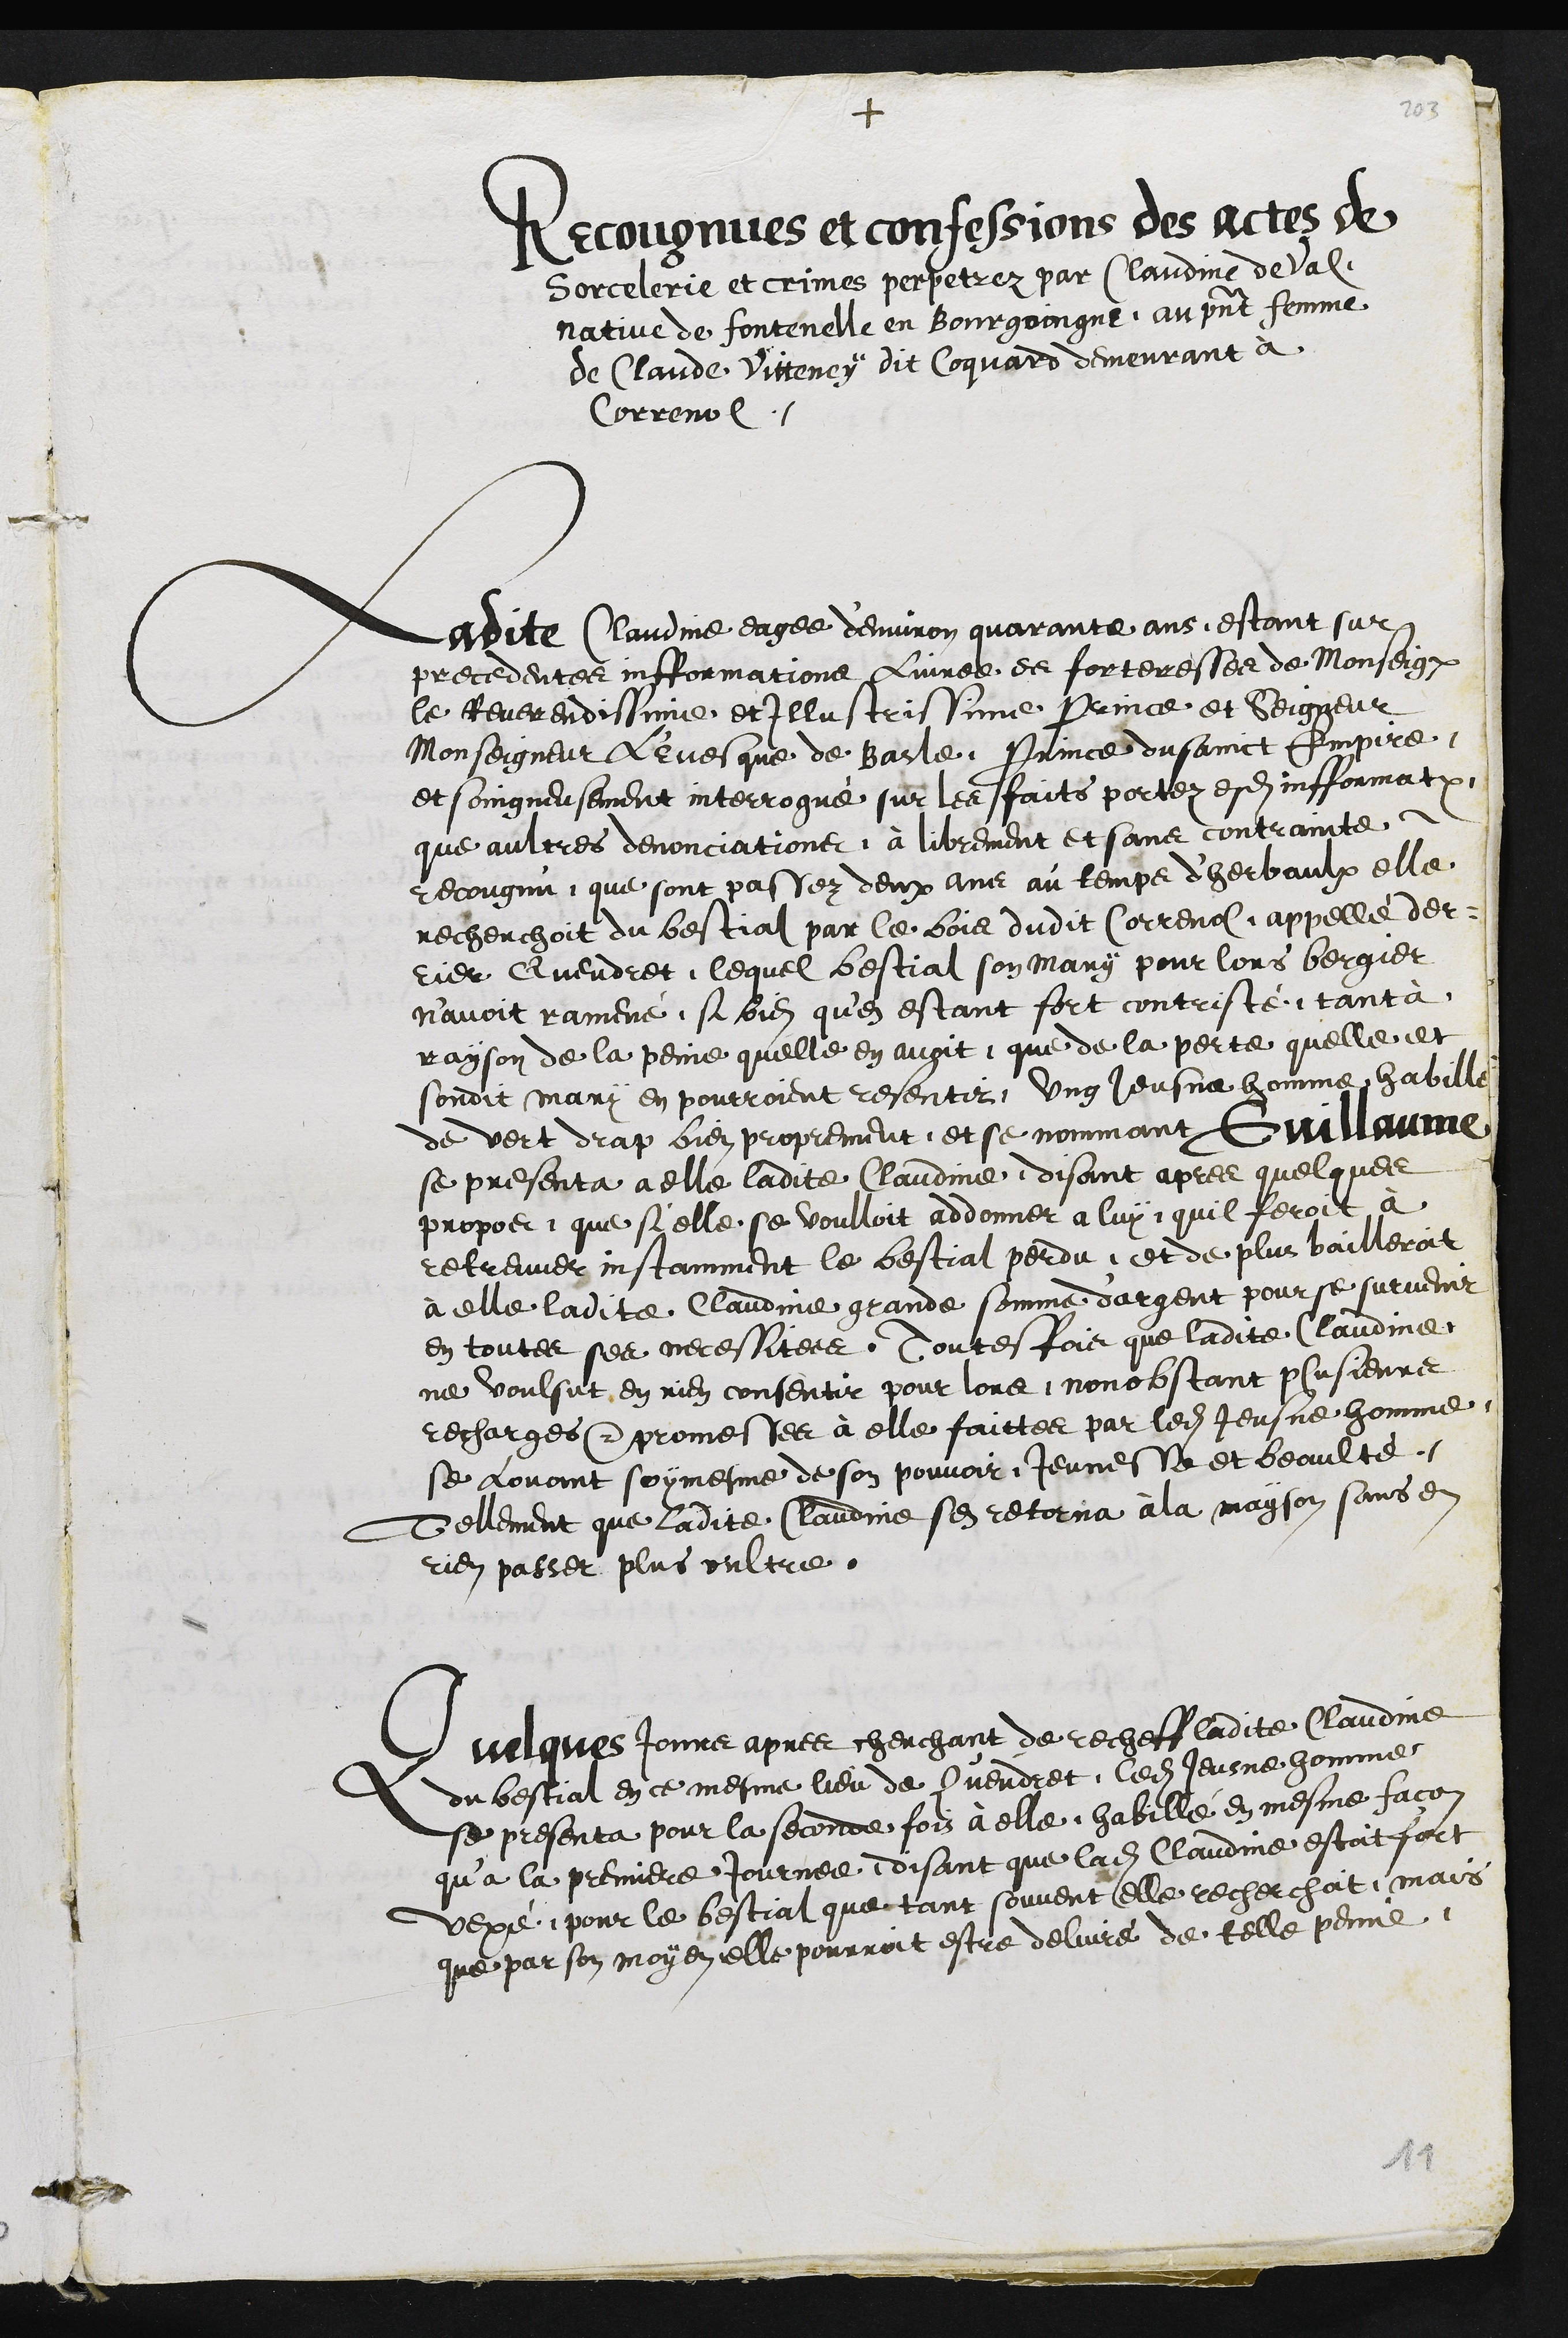
+
Recongnues et confessions des actes et
sorcelerie et crimes perpetrez par Claudine deVal
Native de fontenelle en Bourgoingne, au present femme
de Claude Vitteney dit Coquard demeurant à
Correnol
Ladite Claudme eagée denviron quarante ans, estant sur
precedenter infformatione lune de sorteresser de Monseignie
le Reverendisine et Illustrissine prince et Seigneur
Monseigneur quelque de Basle, saince dusainct impire
et soingneusement interrogue sur le faits portez esdit infornat
que aultres devonciationer a librement et sans contrainte
recongnu que sont passez deux ans au temps dherbaulx elle
recherchoit du bestial par le bois dudit sorrent appelle des
rier avendret, lequel bestial son mary pour lors bergier
navoit ramené, si bien que estant fort contristé, tanta
rayson de la peine quelle en avoit que de la porte quelle elle
sondit mari en pourroient resentir, ung heusna homme habille
de vert drap bien proprement, et se nommant Guillame
se presenta a elle ladite Claudie, disant apres quelque
propos que si elle se voulloit addonner a luy quil feroit a
retreuver instamment le bestial perdu, et de plus bailleroit
à elle ladite Claudme grande somme dargent pour se survenir
en toute ses recessires. Toutesfois que ladite Claume
ne voulsut en rien consentir pour lors, nonobstant plusieure
recharges promester à elle faitte par ledit Jeusne homme,
se rovant soymesme de son pouvoir Jeune Ne et beaulte
Tellement que ladite Claudie ses retorna a la mayson sans et
rien passet plus oultre
Vuelques jonne apres cherchant de recheff ladite Claudme
du bestial en ce mesme lieu de Cuendret, ledit Jeusne homme
se presenta pour la seconde fois à elle habille en mesme facon
qua la premiere Journée, disant que ladite Claudie estoit fort
depe, pour le bestial que tant souvent elle recherchat, mais
que par son moyen elle pourroit estre delvire de telle penus